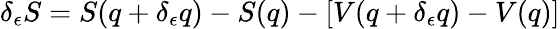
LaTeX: \delta_{\epsilon}S=S(q+\delta_{\epsilon}q)-S(q)-[V(q+\delta_{\epsilon}q)-V(q)]